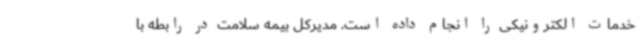
خدمات الکترونیکی را انجام داده است. مدیرکل بیمه سلامت در رابطه با